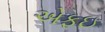
એફઇ